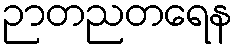
ဉာတညတရေန